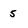
Character: 5